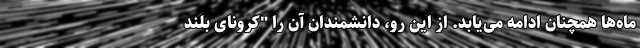
ماه‌ها همچنان ادامه می‌یابد. از این رو، دانشمندان آن را "کرونای بلند